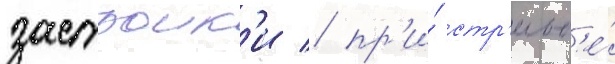
застроик'и / пр'и́ стр'ельб'е́